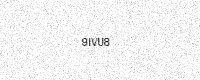
Text: 9IVU8